Language: tamil
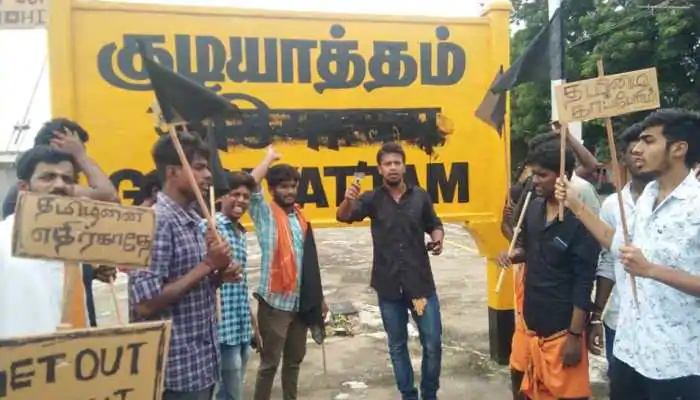
Transcription: குடியாத்தம் தமிழனை